Petrogradi_Kontroll-Opteerimise_Komisjon, lk 200
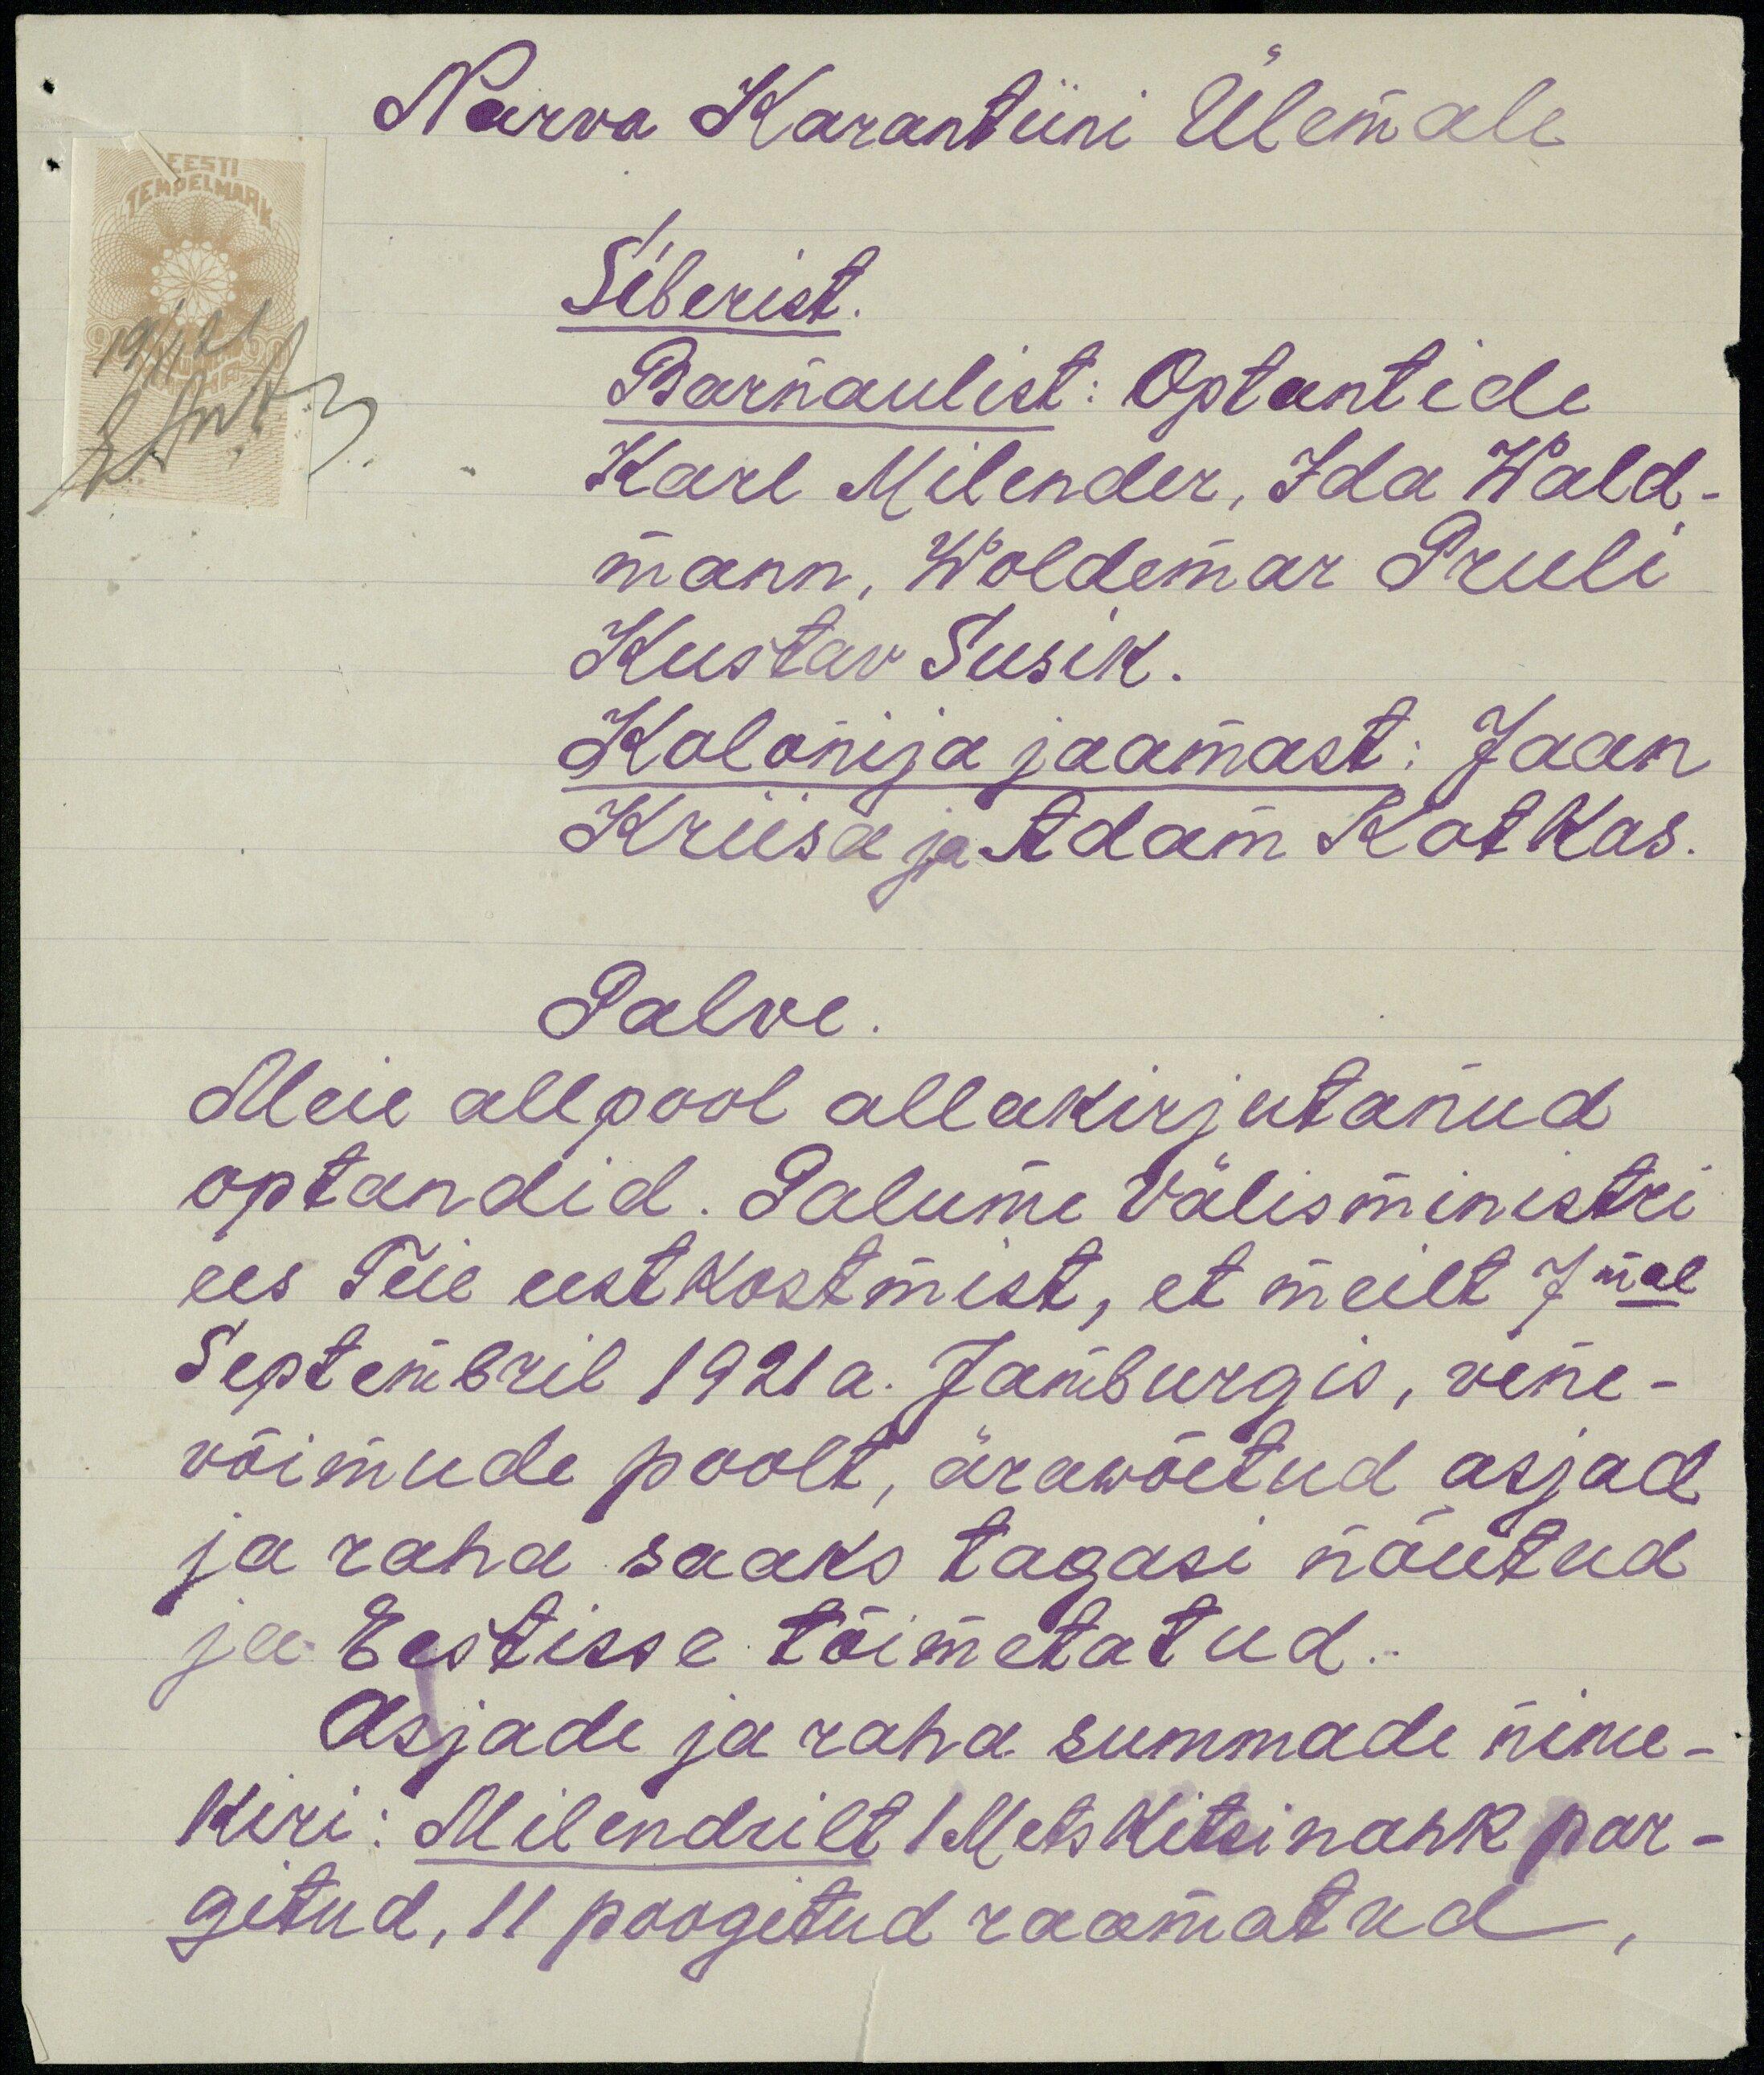
Narva Karantiini Ülemale
Siberist.
Barnaulist: Optantide
Karl Milender, Ida Wald-
mann, Woldemar Pruli
Kustav Susik.
Kolonija jaamast: Jaan
Kriisa ja Adam Kotkas.
Palve.
Meie allpool allakirjutanud
optandid. Palume välisministri
ees Teie eestkostmist, et meilt 7mal
Septembril 1921 a. Jamburgis, vene-
võimude poolt, ärawõetud asjad
ja raha saaks tagasi nõutud
ja Eestisse tõimetatud.
Asjade ja raha summade nime-
kiri: Milendrilt 1 Mets Kitsi nahk par-
gitud, 11 poogitud raamatud,